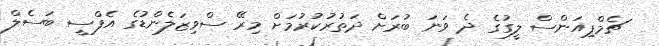
ޗެމްޕިއަންސް ލީގުގެ ދެ ވަނަ ބުރަށް ދަތުރުކުރުމަށް މިރޭ ސްވިޒަލެންޑުގެ އެފްސީ ބަސެލް